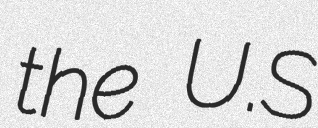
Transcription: the U.S